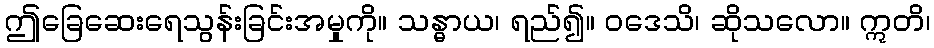
ဤခြေဆေးရေသွန်းခြင်းအမှုကို။ သန္ဓာယ၊ ရည်၍။ ဝဒေသိ၊ ဆိုသလော။ ဣတိ၊